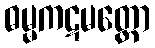
ဓမ္မကဋမတ္တော